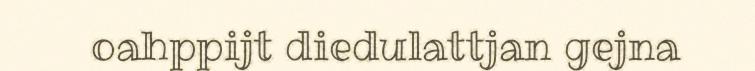
oahppijt diedulattjan gejna